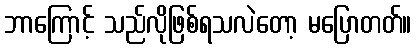
ဘာကြောင့် သည်လိုဖြစ်ရသလဲတော့ မပြောတတ်။